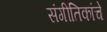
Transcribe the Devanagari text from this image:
संगीतिकांचे